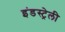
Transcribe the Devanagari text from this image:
इंडस्ट्रेली